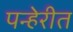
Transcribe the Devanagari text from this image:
पन्हेरीत